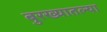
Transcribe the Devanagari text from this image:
बुरख्यातल्या